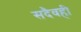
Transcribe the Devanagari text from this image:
सदैवही